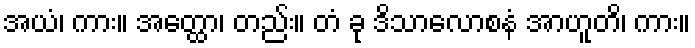
အယံ၊ ကား။ အတ္ထော၊ တည်း။ တံ ခု ဒိသာလောစနံ အာဟူတိ၊ ကား။